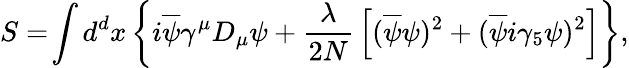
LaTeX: S=\! \int d^{d}x\left\{ i\overline{{{\psi}}}\gamma^{\mu}D_{\mu}\psi+{\frac{\lambda}{2N}}\left[(\overline{{{\psi}}}\psi)^{2}+(\overline{{{\psi}}}i\gamma_{5}\psi)^{2}\right]\right\} ,